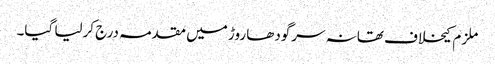
ملزم کیخلاف تھانہ سرگودھا روڑ میں مقدمہ درج کرلیا گیا۔